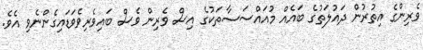
ވެރިންގެ އިތުރުން ދައުލަތުގެ ބައެއް މުއައްސަސާތަކުގެ އިސް ވެރިން ވެސް ބައިވެރިވެވަޑައިގެންނެވި އެވެ.